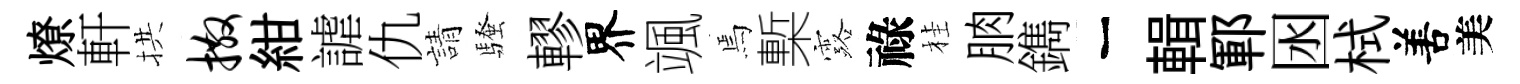
燎軒拱撒紺謔仇請騷轇界颯焉槧露祿桂朒鐫一輯鄆囦栻𠵊美